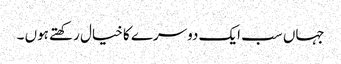
جہاں سب ایک دوسرے کا خیال رکھتے ہوں ۔